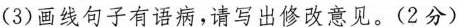
(3)画线句子有语病，请写出修改意见。(2分)